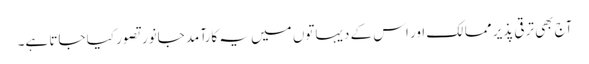
آج بھی ترقی پذیر ممالک اور اس کے دیہاتوں میں یہ کارآمد جانور تصور کیا جاتا ہے۔